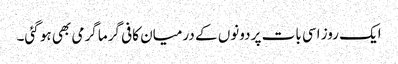
ایک روز اسی بات پر دونوں کے درمیان کافی گرما گرمی بھی ہو گئی۔